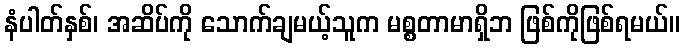
နံပါတ်နှစ်၊ အဆိပ်ကို သောက်ချမယ့်သူက မစ္စတာမာရှိဘ ဖြစ်ကိုဖြစ်ရမယ်။